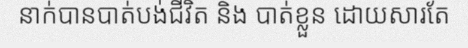
នាក់បានបាត់បង់ជីវិត និង បាត់ខ្លួន ដោយសារតែ